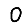
Digit: 0